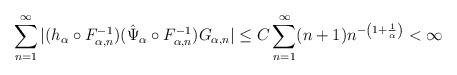
LaTeX: \begin{align*}&\sum_{n=1}^{\infty} |(h_{\alpha} \circ F_{\alpha, n}^{-1}) (\hat \Psi_{\alpha} \circ F_{\alpha, n}^{-1}) G_{\alpha, n}| \leq C\sum_{n=1}^{\infty}(n+1) n^{-\left( 1+\frac{1}{\alpha}\right)} < \infty \end{align*}